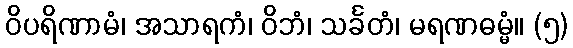
ဝိပရိဏာမံ၊ အသာရကံ၊ ဝိဘံ၊ သင်္ခတံ၊ မရဏဓမ္မံ။ (၅)